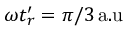
\omega t _ { r } ^ { \prime } = \pi / 3 \mathrm { \, a . u }